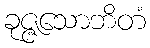
ခုဇ္ဇသောဘိတံ